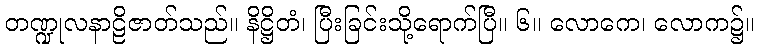
တဏ္ဍုလနာဠိဇာတ်သည်။ နိဋ္ဌိတံ၊ ပြီးခြင်းသို့ရောက်ပြီ။ ၆။ လောကေ၊ လောက၌။